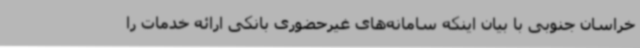
خراسان جنوبی با بیان اینکه سامانه‌های غیرحضوری بانکی ارائه خدمات را